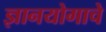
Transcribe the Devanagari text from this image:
ज्ञानयोगाचे